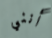
أنني